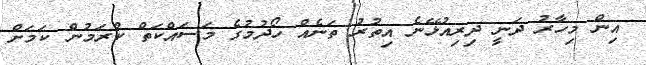
އިން މިހާރު ދަނީ ދިރިއުޅޭނެ އިތުރު ތަނެއް ހޯދުމުގެ މަސައްކަތް ކުރަމުން ކަމަށް